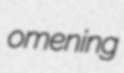
omening